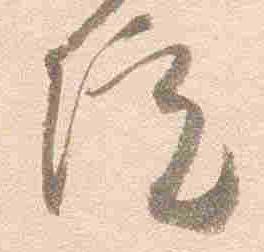
院